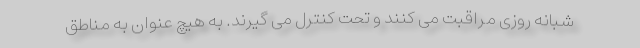
شبانه روزی مراقبت می کنند و تحت کنترل می گیرند. به هیچ عنوان به مناطق